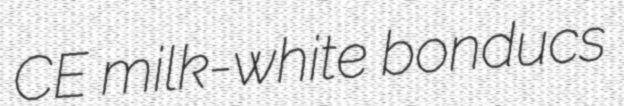
CE milk-white bonducs